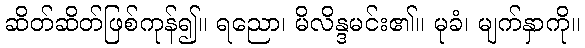
ဆိတ်ဆိတ်ဖြစ်ကုန်၍။ ရညော၊ မိလိန္ဒမင်း၏။ မုခံ၊ မျက်နှာကို။